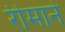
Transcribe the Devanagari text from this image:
रीमाने